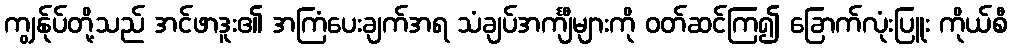
ကျွန်ုပ်တို့သည် အင်ဖာဒူး၏ အကြံပေးချက်အရ သံချပ်အင်္ကျီများကို ဝတ်ဆင်ကြ၍ ခြောက်လုံးပြူး ကိုယ်စီ